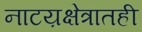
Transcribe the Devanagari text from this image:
नाटय़क्षेत्रातही